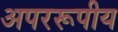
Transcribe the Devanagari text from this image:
अपररूपीय